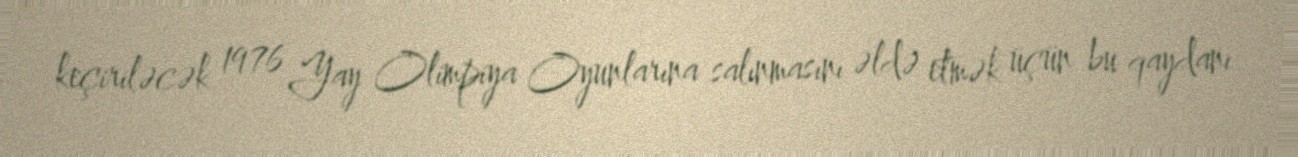
keçiriləcək 1976 Yay Olimpiya Oyunlarına salınmasını əldə etmək üçün bu qaydanı